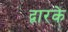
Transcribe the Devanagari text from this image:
द्वारके